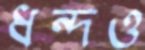
ধন্দও